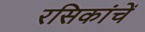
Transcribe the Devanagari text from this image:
रसिकांचें